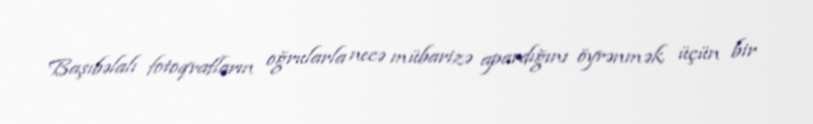
Başıbəlalı fotoqrafların oğrularla necə mübarizə apardığını öyrənmək üçün bir